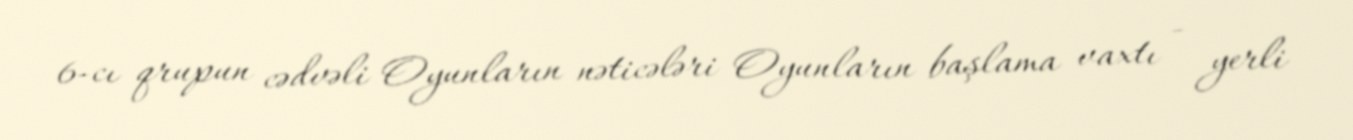
6-cı qrupun cədvəli Oyunların nəticələri Oyunların başlama vaxtı - yerli